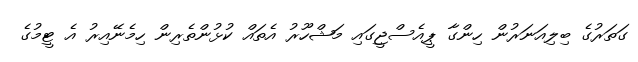
ގަތަރުގެ ބިލިއަނަރުން ހިންގާ ޕީއެސްޖީގައި މަޝްހޫރު އެތައް ކުޅުންތެރިން ހިމެނޭއިރު އެ ޓީމުގެ